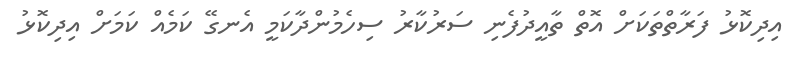
އިދިކޮޅު ފަރާތްތަކަށް އޮތް ތާއީދުފެނި ސަރުކާރު ސިހެމުންދާކަމީ އެނގޭ ކަމެއް ކަމަށް އިދިކޮޅު